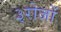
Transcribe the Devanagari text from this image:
३रोजों